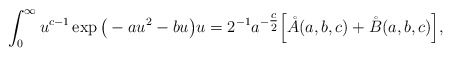
\begin{align*}\int_{0}^{\infty} u^{c-1} \exp \big ( -a u^2 - b u \big ) u = 2^{-1} a^{-\tfrac{c}{2}} \Big [ \mathring{A}(a, b, c) +\mathring{B}(a, b, c) \Big ],\end{align*}